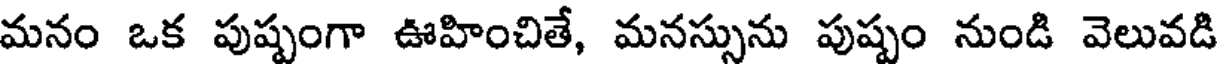
మనం ఒక పుష్పంగా ఊహించితే, మనస్సును పుష్పం నుండి వెలువడి